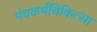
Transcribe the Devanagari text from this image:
पंचकर्मचिकित्सा